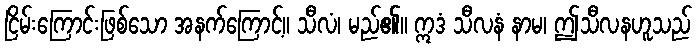
ငြိမ်းကြောင်းဖြစ်သော အနက်ကြောင့်။ သီလံ၊ မည်၏။ ဣဒံ သီလနံ နာမ၊ ဤသီလနဟူသည်